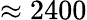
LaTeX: \approx 2400